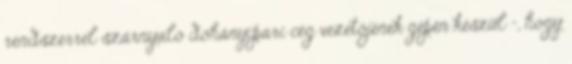
rendszerrel szárnyaló dohányipari cég vezetőjének gépén készül –, hogy